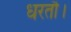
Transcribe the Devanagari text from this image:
धरतौ।